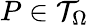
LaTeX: {P}\in\mathcal{T}_{\Omega}